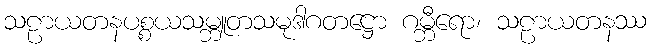
သဠာယတနပစ္စယသမ္ဘူတသမုဒါဂတဋ္ဌော ဂမ္ဘီရော၊ သဠာယတနဿ